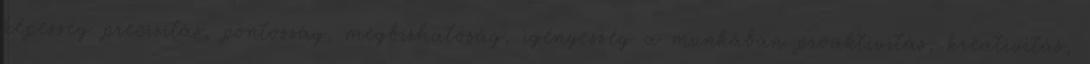
képesség precizitás, pontosság, megbízhatóság, igényesség a munkában proaktivitás, kreativitás,